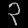
Digit: ၃